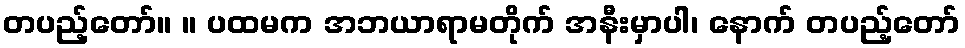
တပည့်တော်။ ။ ပထမက အဘယာရာမတိုက် အနီးမှာပါ၊ နောက် တပည့်တော်